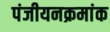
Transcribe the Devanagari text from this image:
पंजीयनक्रमांक